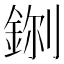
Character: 𮡼